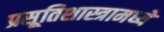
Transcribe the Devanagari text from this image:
प्रसूतिशास्त्रामध्ये